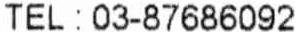
TEL : 03-87686092